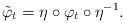
\begin{align*}\tilde \varphi_t = \eta \circ \varphi_t \circ \eta^{-1}.\end{align*}